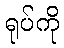
ရုပ်ကို